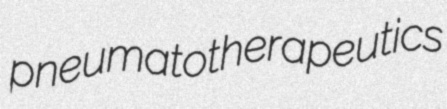
pneumatotherapeutics